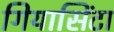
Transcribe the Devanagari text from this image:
गियासिंटा